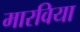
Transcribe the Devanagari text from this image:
मारविया